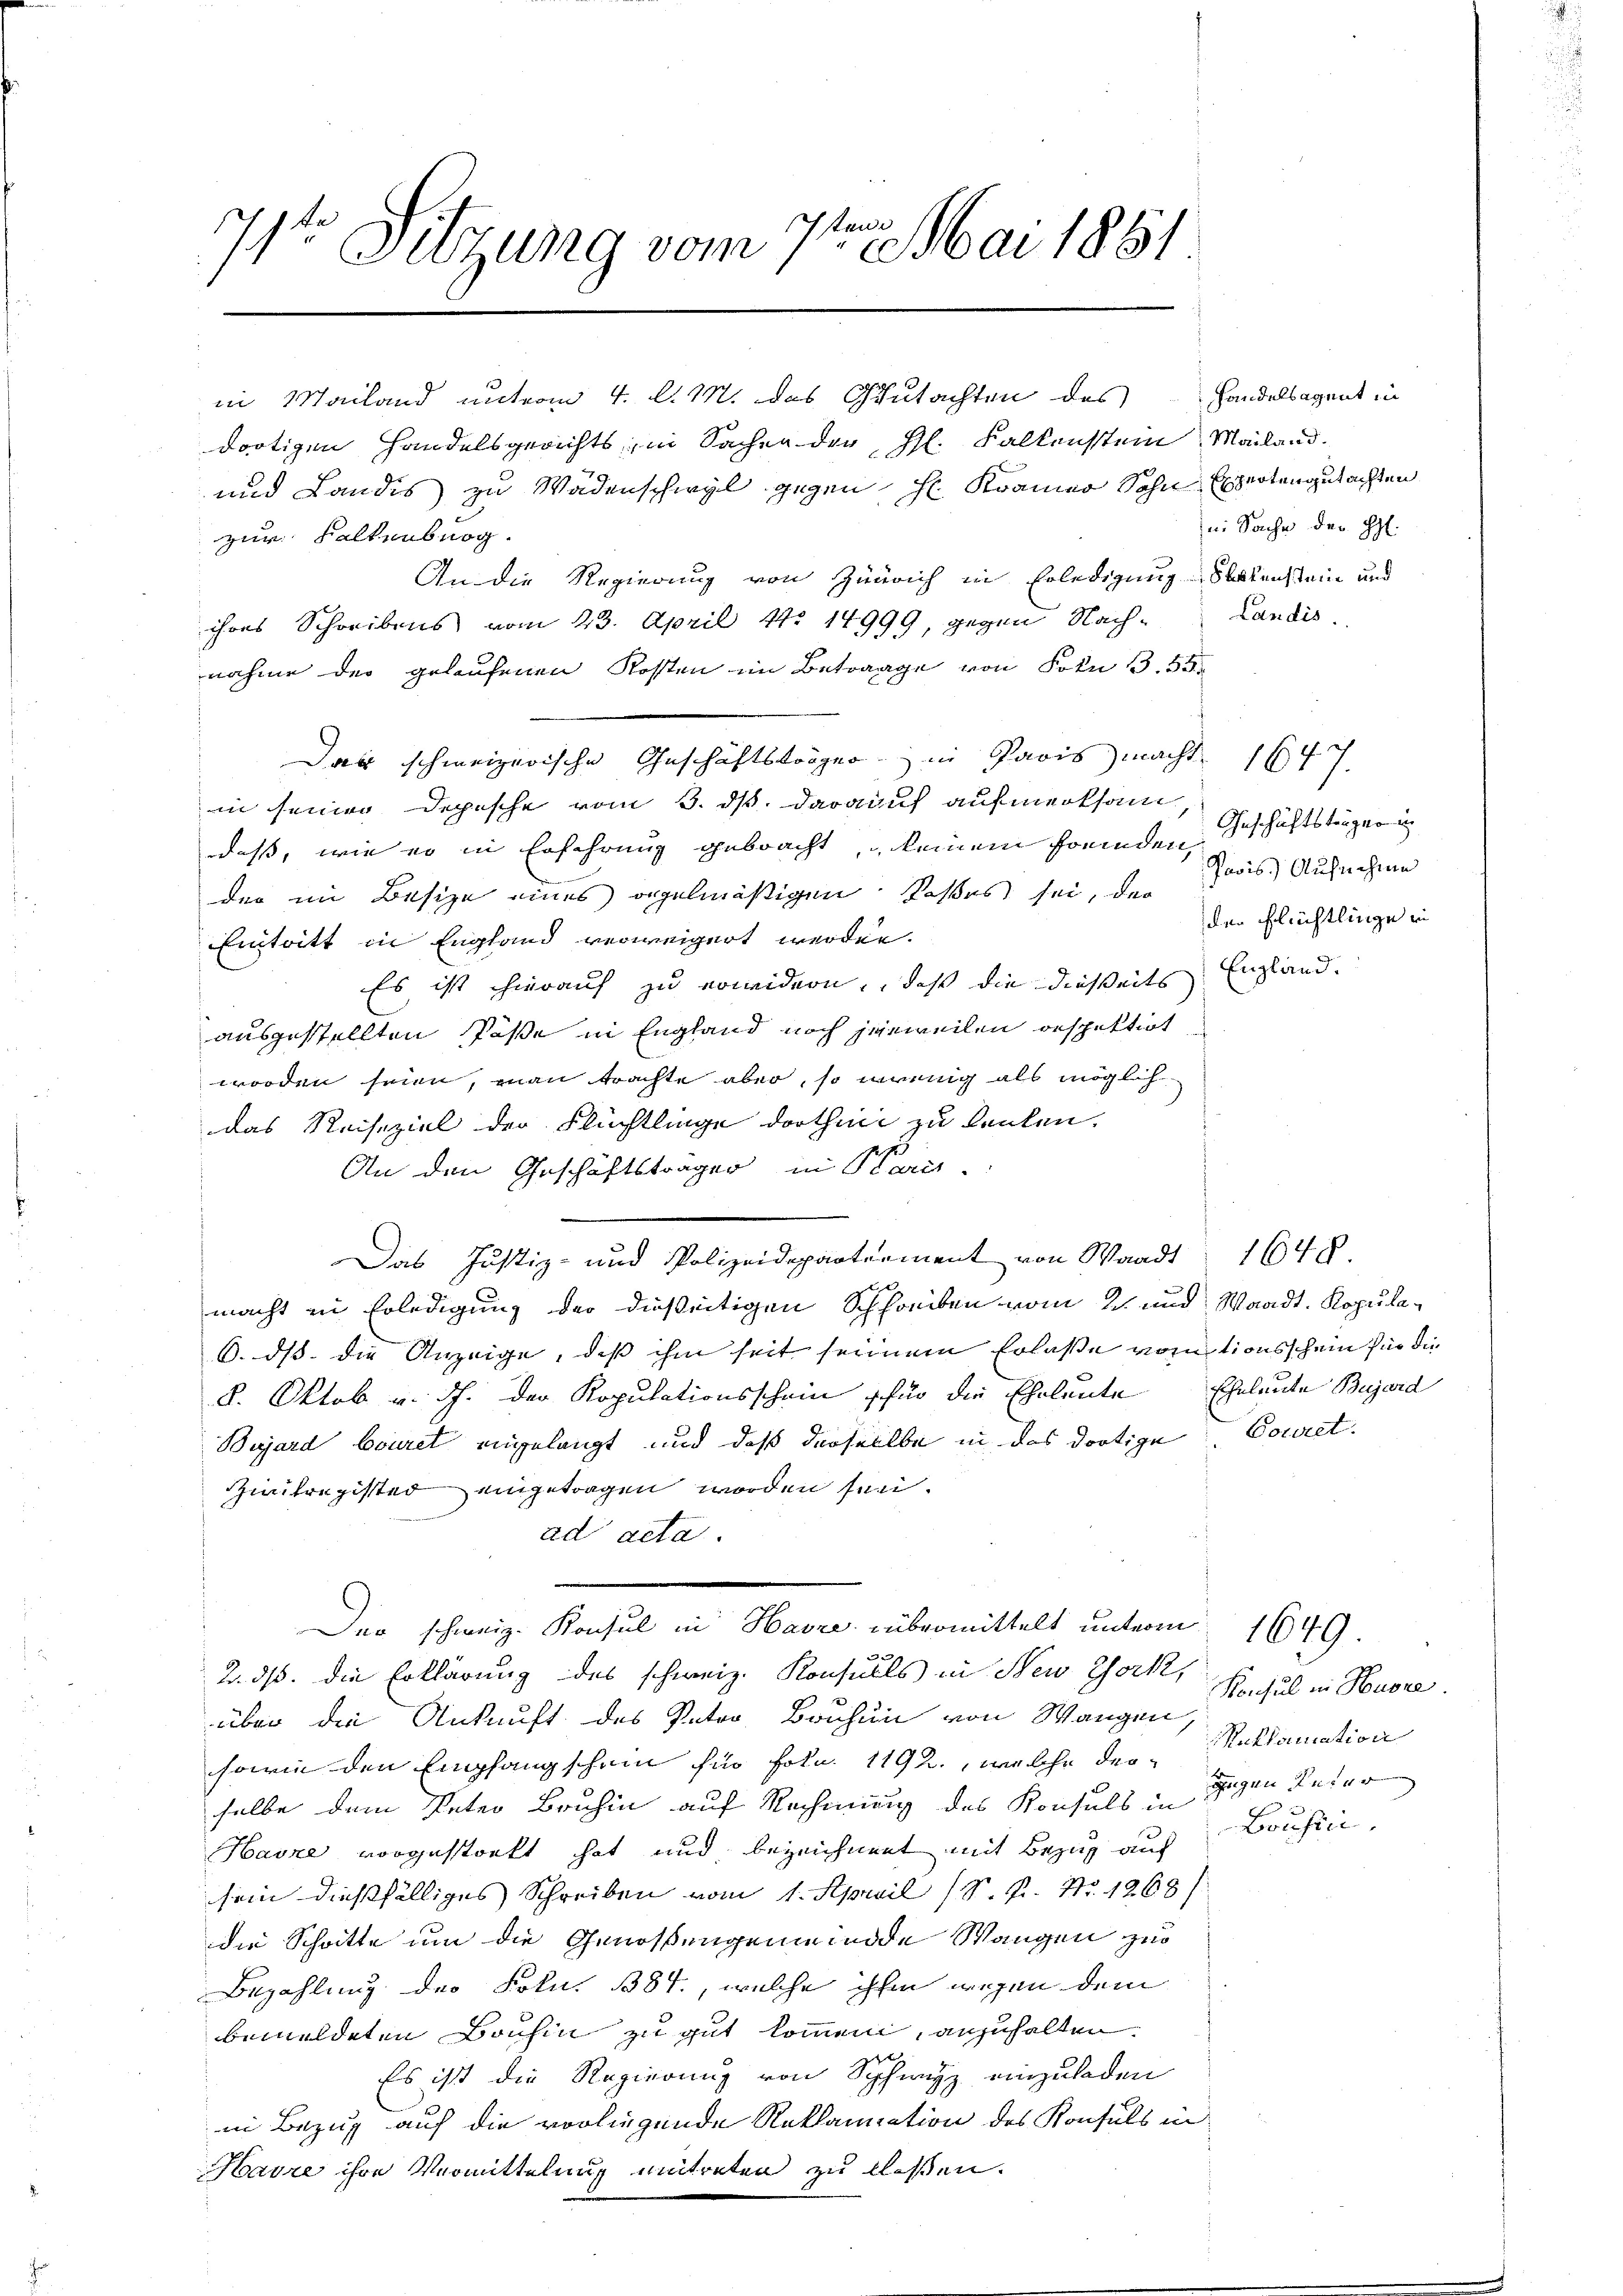
71te Sitzung vom 7te͇n Mai 1881

in Mailand unterm 4. d. M. das Gutachten des Handelsagent in
dortigen Handelsgerichts, in Sachen der Gl. Falkenstein Mailand.
und Landis zu Wädenschwyl gegen H. Kramer Sohn Expertengutachten
zur Kaltenberg.
An die Regierung von Zürich in Erledigung Seitensteine und
ihres Schreibens vom 23. April No 14999, gegen Nachnahme der gelaufenen Kosten im Betrage von Frkn. 55
Das schweizerische Geschäftsträger in Paris macht 1647
in seiner Depesche vom 3. ds. darauf aufmerksam
dass, wie er in Erfahrung gebracht, u keinem fremden Geschäftsträgeric
der im Besize eines regelmäßigen Poßes sei, der
Eintritt in England verweigert werden.
Es ist hierauf zu erwidern, daß die dießseits
ausgestellten Pässe in England noch jeweilen erspektirt
worden seien, man trachte aber, so wenig als möglich
das Reiseziel der Flüchtlinge dorthin zu lenken.
An den Geschäftsträger in Para-
Das Justiz- und Polizeidepartement von Waadt 1648
macht in Erledigung der dieseitigen Schreiben vom 2. und Waadt. Kopula¬
6. ds. die Anzeige, daß ihm seit seinem Erlaße vomtionsschein für die
8. Oktob u. dh. der Kopulationsschein für die Eheleute Eheleute Bujard
Bujard Couret angelangt und daß derselbe in das dortige
iitregister eingetragen worden sei.
ad acta.
Der schweiz. Konsul in Havre übermittelt unterm 1649.
2. ds. die Erklärung des schweiz. Konsulls in New York, Konsul in Huene
über die Ankunft des Pater Bruhun von Wangen
sowie den Empfangschein für foln. 1192, welche der Reklamation
selbe dem Peter Bruhin auf Rechnung des Konsuls in Tagen Vater
Havre vorgestorkt hat und bezeichnent mit Bezug auf Bousine
sein dießfälliges Schreiben vom 1. April (S. P. Nr. 1268)
die Schritte um die Genossengemeinde Wangen zur
Bezahlung der Frkn. 1384., welche ihm wegen dem
bemeldeten Bauhin zu gut kommen, anzuhalten.
Es ist die Regierung von Schwyz einzuladen
in Bezug auf die vorliegende Reklamation des Konsuls in
Havre ihre Vermittelung entreten zu laßen.

in Sache der H:
Landis

Pavis) Aufnehme
der Flüchtlinge in
England.

Couret.